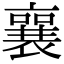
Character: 襄